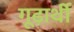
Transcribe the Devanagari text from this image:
गूढ़ार्थी